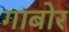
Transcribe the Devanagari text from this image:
गाबोर